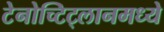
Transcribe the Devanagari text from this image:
टेनोच्टिट्लानमध्ये